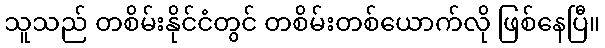
သူသည် တစိမ်းနိုင်ငံတွင် တစိမ်းတစ်ယောက်လို ဖြစ်နေပြီ။